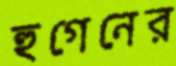
হুগেনের